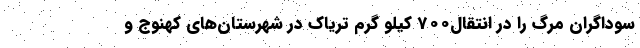
سوداگران مرگ را در انتقال700 کیلو گرم تریاک در شهرستان‌های کهنوج و